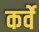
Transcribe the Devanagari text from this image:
कर्वेे